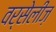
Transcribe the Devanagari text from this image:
वर्सेलीज़